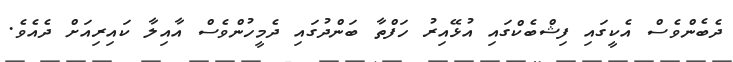
ދެބެންވެސް އެކީގައި ފިޝްބެކްގައި އުޅޭއިރު ހަފްތާ ބަންދުގައި ދެމީހުންވެސް އާއިލާ ކައިރިއަށް ދެއެވެ.